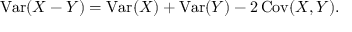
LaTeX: \operatorname { V a r } ( X - Y ) = \operatorname { V a r } ( X ) + \operatorname { V a r } ( Y ) - 2 \operatorname { C o v } ( X , Y ) .